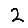
Digit: 2